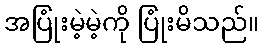
အပြုံးမဲ့မဲ့ကို ပြုံးမိသည်။